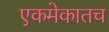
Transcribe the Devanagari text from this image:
एकमेकातच